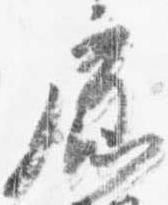
廊